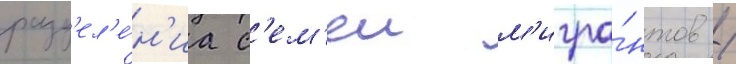
разд'ел'е́н'иа с'ем'еи м'игра́нтов /